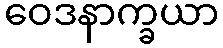
ဝေဒနာက္ခယာ